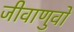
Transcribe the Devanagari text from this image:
जीवाणुवों